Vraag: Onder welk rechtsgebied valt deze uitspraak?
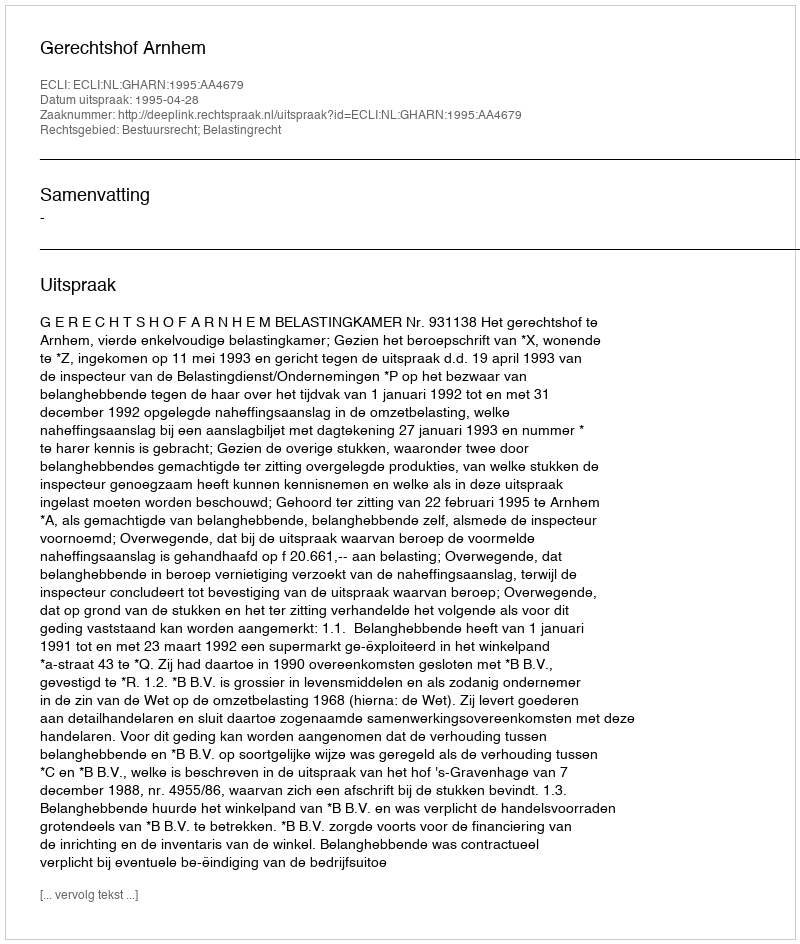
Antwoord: Bestuursrecht; Belastingrecht